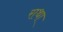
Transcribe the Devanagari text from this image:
राथा